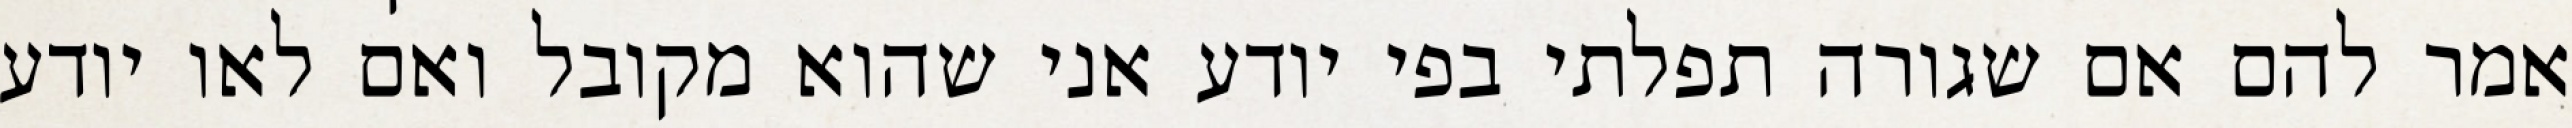
אמר להם אם שגורה תפלתי בפי יודע אני שהוא מקובל ואם לאו יודע